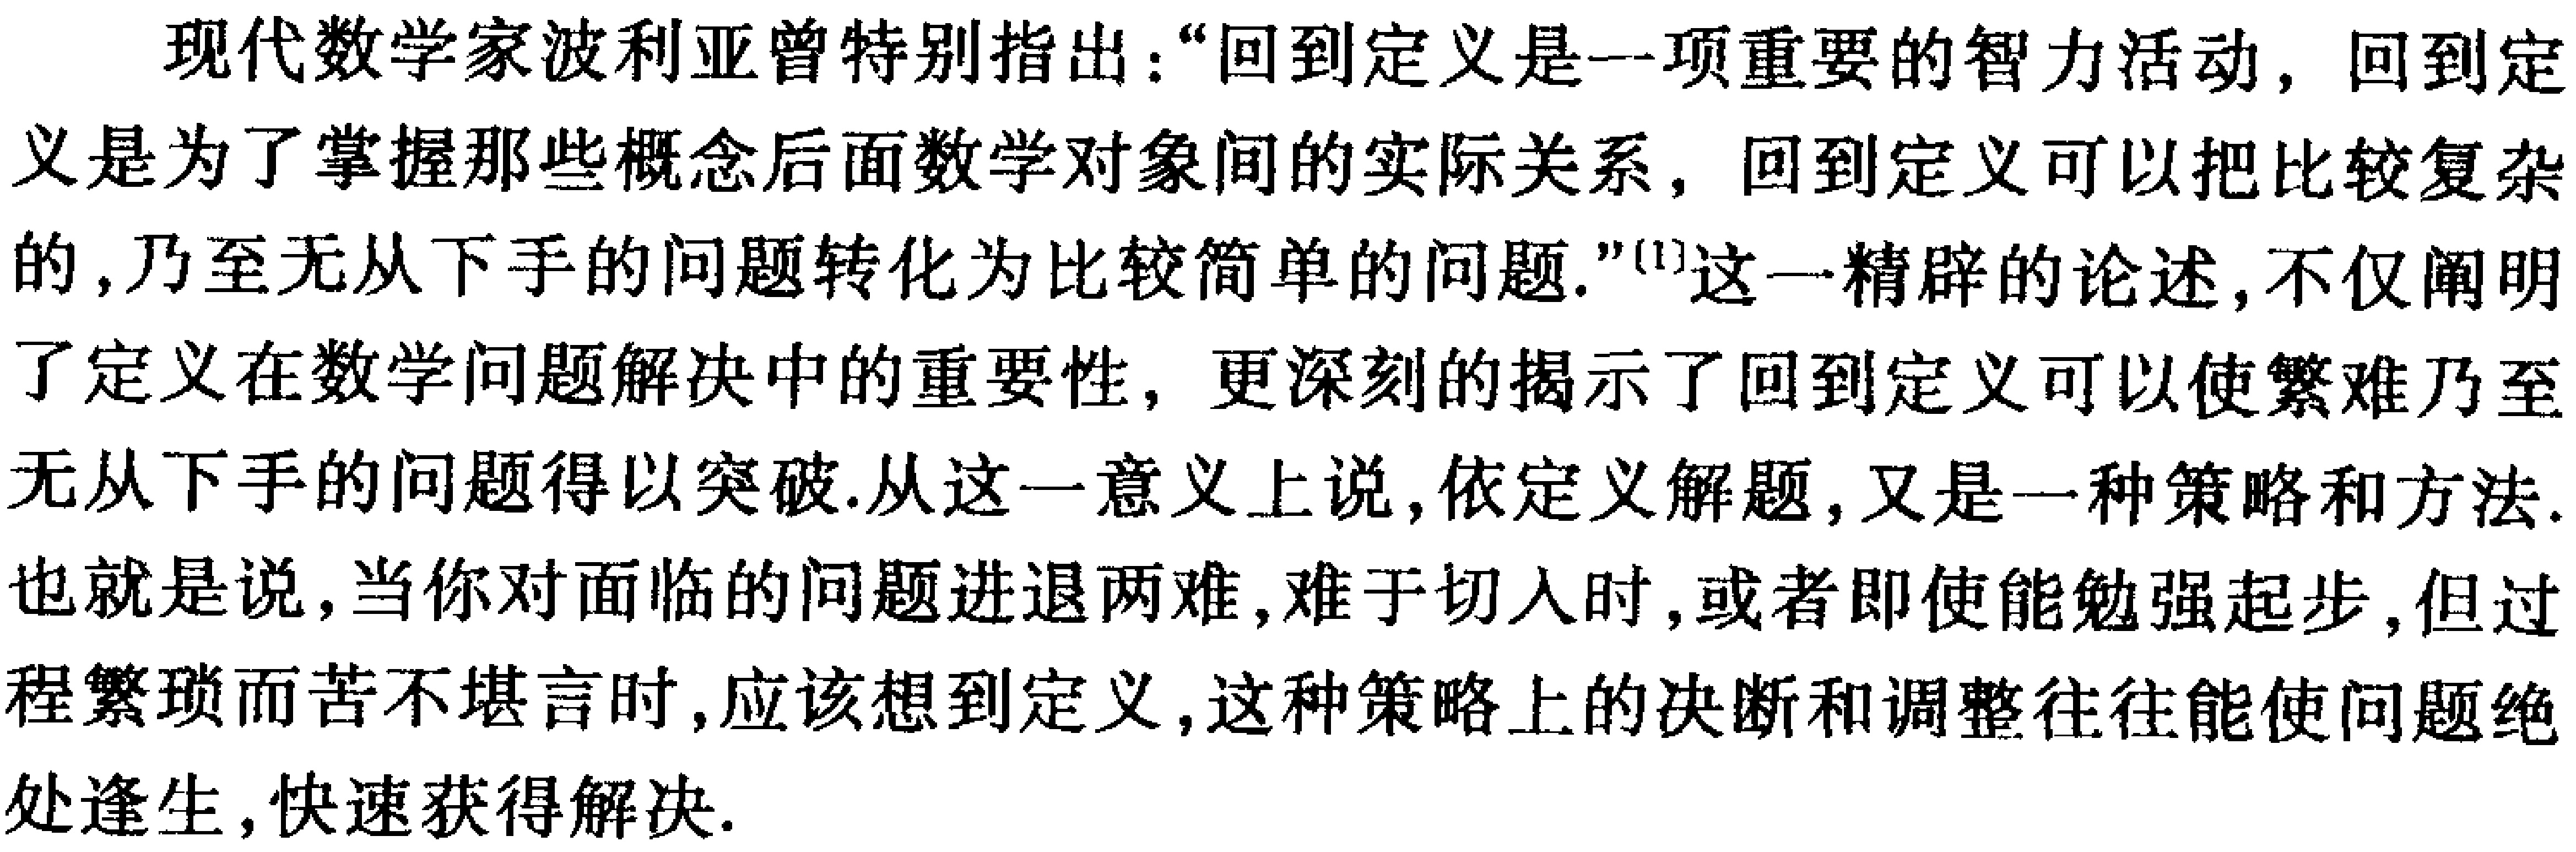
现代数学家波利亚曾特别指出：“回到定义是一项重要的智力活动，回到定义是为了掌握那些概念后面数学对象间的实际关系，回到定义可以把比较复杂的，乃至无从下手的问题转化为比较简单的问题.”\(^{[1]}\)这一精辟的论述，不仅阐明了定义在数学问题解决中的重要性，更深刻的揭示了回到定义可以使繁难乃至无从下手的问题得以突破.从这一意义上说，依定义解题，又是一种策略和方法.也就是说，当你对面临的问题进退两难，难于切入时，或者即使能勉强起步，但过程繁琐而苦不堪言时，应该想到定义，这种策略上的决断和调整往往能使问题绝处逢生，快速获得解决.